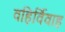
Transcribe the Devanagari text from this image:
वहिर्विवाह